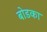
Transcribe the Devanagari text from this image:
बोडका